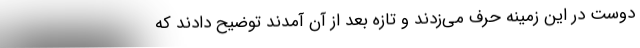
دوست در این زمینه حرف می‌زدند و تازه بعد از آن آمدند توضیح دادند که